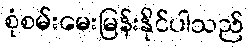
စုံစမ်းမေးမြန်းနိုင်ပါသည်